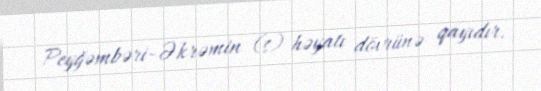
Peyğəmbəri-Əkrəmin (s) həyatı dövrünə qayıdır.